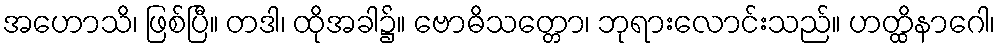
အဟောသိ၊ ဖြစ်ပြီ။ တဒါ၊ ထိုအခါ၌။ ဗောဓိသတ္တော၊ ဘုရားလောင်းသည်။ ဟတ္ထိနာဂေါ၊